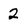
Character: 2